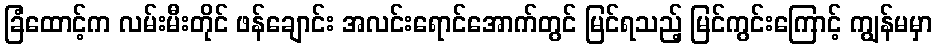
ခြံထောင့်က လမ်းမီးတိုင် ဖန်ချောင်း အလင်းရောင်အောက်တွင် မြင်ရသည့် မြင်ကွင်းကြောင့် ကျွန်မမှာ